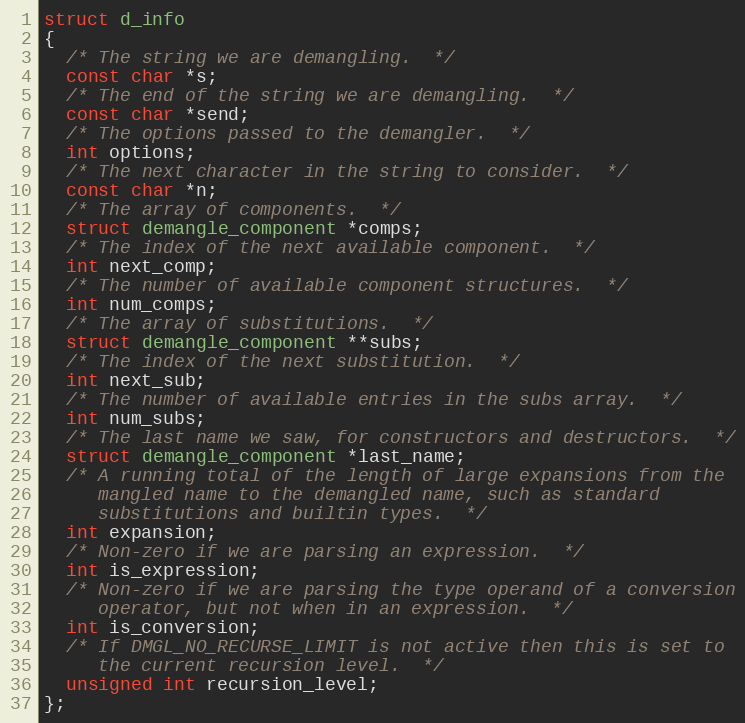
Language: C
struct d_info
{
  /* The string we are demangling.  */
  const char *s;
  /* The end of the string we are demangling.  */
  const char *send;
  /* The options passed to the demangler.  */
  int options;
  /* The next character in the string to consider.  */
  const char *n;
  /* The array of components.  */
  struct demangle_component *comps;
  /* The index of the next available component.  */
  int next_comp;
  /* The number of available component structures.  */
  int num_comps;
  /* The array of substitutions.  */
  struct demangle_component **subs;
  /* The index of the next substitution.  */
  int next_sub;
  /* The number of available entries in the subs array.  */
  int num_subs;
  /* The last name we saw, for constructors and destructors.  */
  struct demangle_component *last_name;
  /* A running total of the length of large expansions from the
     mangled name to the demangled name, such as standard
     substitutions and builtin types.  */
  int expansion;
  /* Non-zero if we are parsing an expression.  */
  int is_expression;
  /* Non-zero if we are parsing the type operand of a conversion
     operator, but not when in an expression.  */
  int is_conversion;
  /* If DMGL_NO_RECURSE_LIMIT is not active then this is set to
     the current recursion level.  */
  unsigned int recursion_level;
};